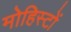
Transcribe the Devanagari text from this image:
मोहिस्टों